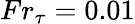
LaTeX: {Fr}_{\tau}=0.01